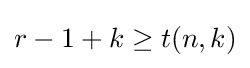
r-1+k\geq t(n,k)